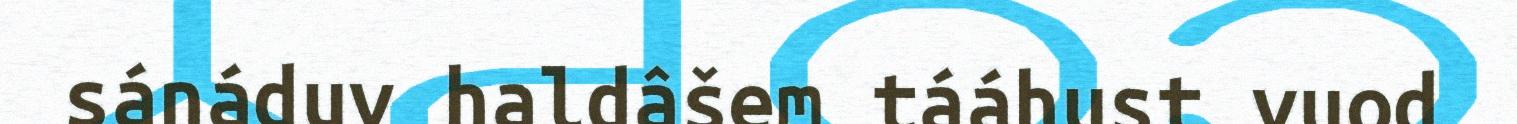
sánáduv haldâšem tááhust vuod